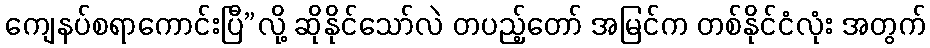
ကျေနပ်စရာကောင်းပြီ”လို့ ဆိုနိုင်သော်လဲ တပည့်တော် အမြင်က တစ်နိုင်ငံလုံး အတွက်